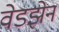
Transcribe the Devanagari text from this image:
वेडझेन